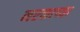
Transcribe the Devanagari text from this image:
नरकाच्या